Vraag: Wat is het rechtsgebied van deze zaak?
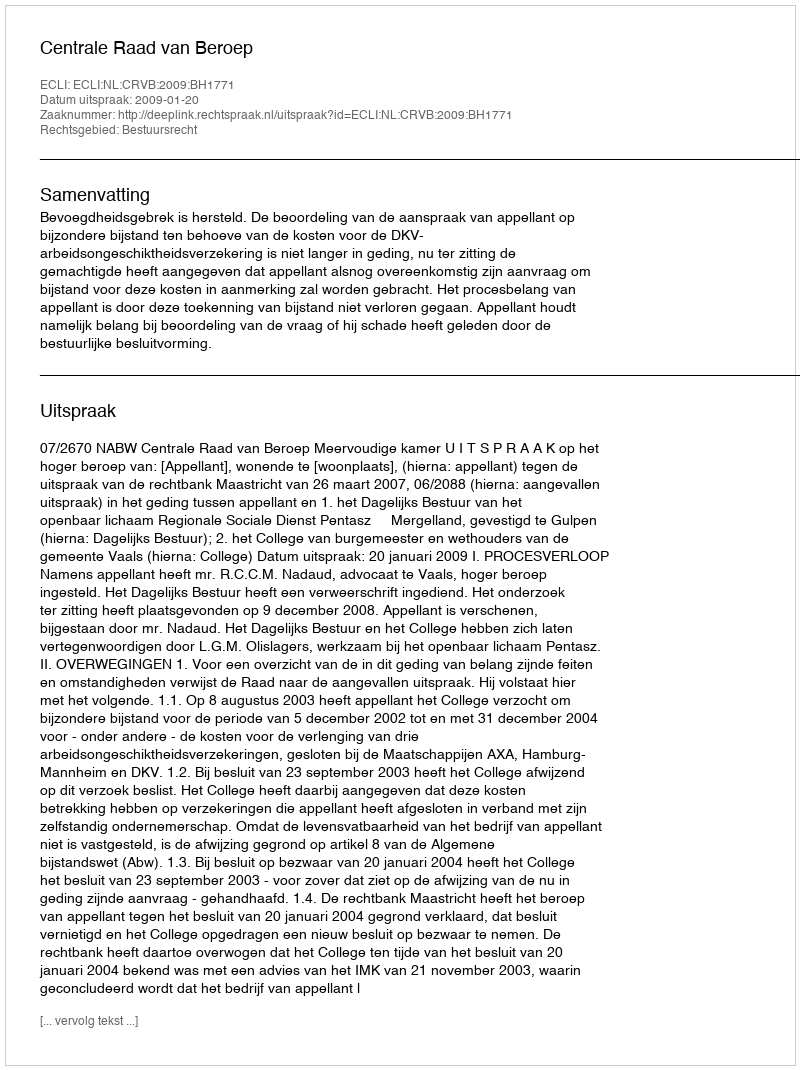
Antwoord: Bestuursrecht